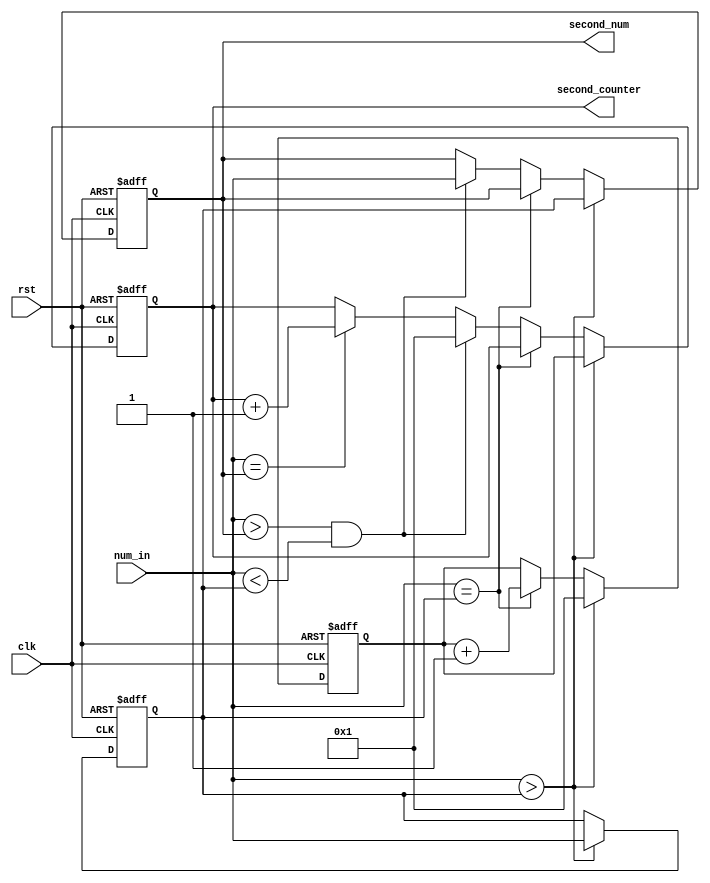
/*********************************************************************************
*FileName:	second biggest
*Version:	v1
*Description:  
			
			
*Others:  
*Function List:
1.
2.
*History:  //

**********************************************************************************/

module second_biggest(
					input clk,rst,
					input  [7:0] num_in,
					output  [7:0] second_num,second_counter
					);

reg [7:0] biggest_num,second_biggest_num;
reg [7:0] biggest_num_counter,second_num_counter;

assign second_num = second_biggest_num;
assign second_counter=second_num_counter;

always @ (posedge clk, posedge rst) begin
	if (rst) begin 
		biggest_num<=0;
		second_biggest_num<=0;
		biggest_num_counter<=0;
		second_num_counter<=0; 
			end
	else begin
	if (num_in > biggest_num) begin 
		biggest_num<=num_in; 
		second_biggest_num<=biggest_num;
		second_num_counter<=biggest_num_counter;
		biggest_num_counter<=1;
		end
	else if (num_in==biggest_num) begin
		biggest_num_counter<=biggest_num_counter+1;
		end
	else if ((num_in > second_biggest_num) && (num_in < biggest_num)) begin
		second_biggest_num<=num_in;
		second_num_counter<=1;
		end
	else if (num_in == second_biggest_num) begin
		second_num_counter<=second_num_counter+1;
		end
	else ;
	end
end

endmodule


module second_biggest_tb;

reg clk,rst;
reg [7:0] num_in;
wire [7:0] second_num,second_counter;

second_biggest U1 (clk,rst,num_in,second_num,second_counter);

initial begin
{clk,rst}=2'b00;
#7 rst=1;
#20 rst=0;
end

always #5 clk=~clk;

initial begin
repeat (100) begin
#10 num_in = $random%256;
end
end

endmodule